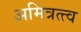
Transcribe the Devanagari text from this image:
अमित्रत्त्व